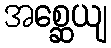
အစ္ဆေယျ